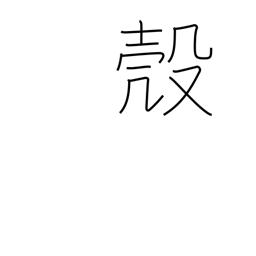
Meaning: nut shell